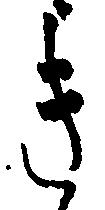
き